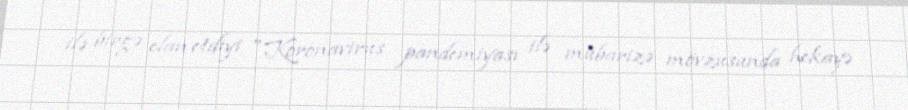
ilə birgə elan etdiyi "Koronavirus pandemiyası ilə mübarizə mövzusunda hekayə